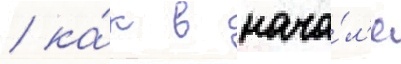
/ ка́к в нача́л'е